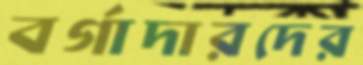
বর্গাদারদের